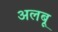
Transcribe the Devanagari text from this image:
अलबू